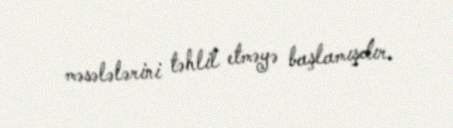
məsələlərini təhlil etməyə başlamışdır.